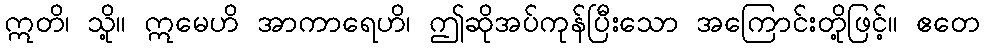
ဣတိ၊ သို့။ ဣမေဟိ အာကာရေဟိ၊ ဤဆိုအပ်ကုန်ပြီးသော အကြောင်းတို့ဖြင့်။ ဧတေ